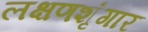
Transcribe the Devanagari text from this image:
लक्षणशृंगार